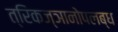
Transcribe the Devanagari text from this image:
त्रिकज्ञानोपलब्ध